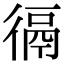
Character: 𢔸